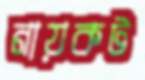
নায়কট